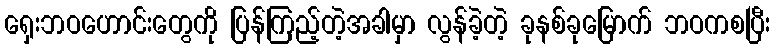
ရှေးဘဝဟောင်းတွေကို ပြန်ကြည့်တဲ့အခါမှာ လွန်ခဲ့တဲ့ ခုနစ်ခုမြောက် ဘဝကစပြီး